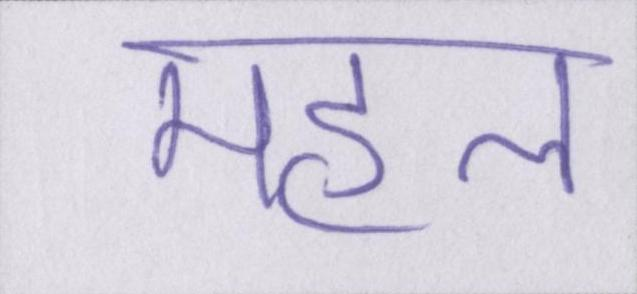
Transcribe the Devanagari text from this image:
महल